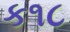
ક૧૮